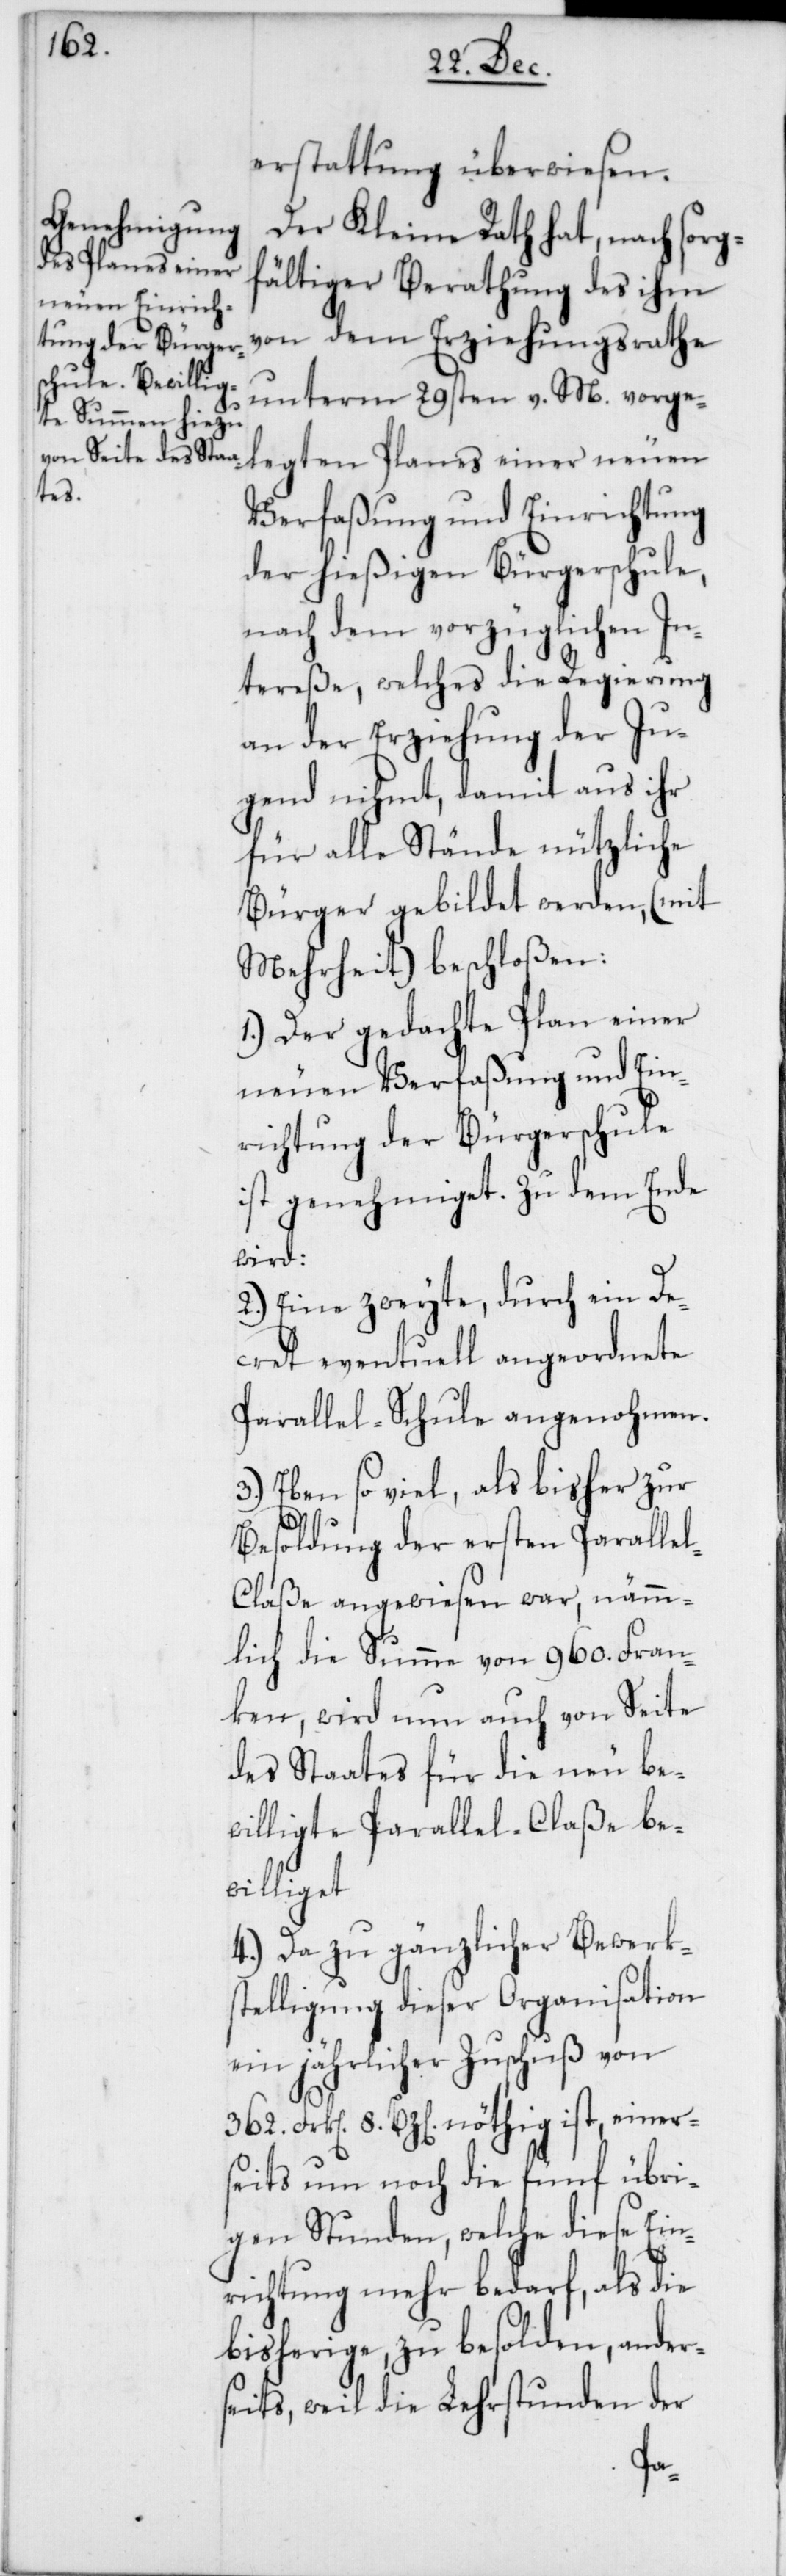
362.
erstattung überwiesen.
Der Kleine Rath hat, nach sorg¬
ten Planes einer
fältiger Berathung des ihm
von dem Erziehungsrathe
unterm 29sten v. M. vorge¬
Verfaßung und Einrichtung
der hießigen Bürgerschule,
nach dem vorzüglichen In¬
tereße, welches die Regierung
an der Erziehung der Ju¬
gend nihmt, damit aus ihr
für alle Stände nützliche
Bürger gebildet werden, (mit
Mehrheit) beschloßen:
1.) Der gedachte Plan einer
neuen Verfaßung und Ein¬
richtung der Bürgerschule
ist genehmiget. Zu dem Ende
wird:
2.) Eine zweyte, durch ein De¬
cret eventuell angeordnete
Parallel-Schule angenohmen.
3.) Eben so viel, als bisher zur
Besoldung der ersten Paralle¬
l-Claße angewiesen war, nämm¬
lich die Summe von 960. Fran¬
ken, wird nun auch von Seite
des Staates für die neu be¬
willigte Parallel-Claße be¬
williget.
4.) Da zu gänzlicher Bewerk¬
stelligung dieser Organisation
ein jährlicher Zuschuß von
8. Bz[en]. nöthig ist, einer¬
seits nun noch die fünf übri¬
gen Stunden, welche diese Ein¬
richtung mehr bedarf, als die
bisherige, zu besolden, ander¬
seits, weil die Lehrstunden der
le¬
g¬